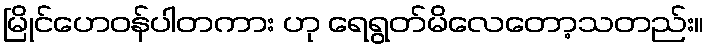
မြိုင်ဟေဝန်ပါတကား ဟု ရေရွတ်မိလေတော့သတည်း။